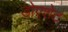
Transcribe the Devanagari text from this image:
डोएशेट